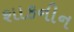
શાકનીન